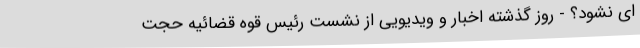
ای نشود؟ - روز گذشته اخبار و ویدیویی از نشست رئیس قوه قضائیه حجت